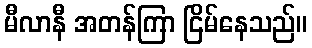
မီလာနီ အတန်ကြာ ငြိမ်နေသည်။